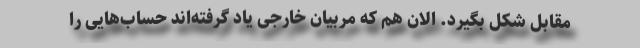
مقابل شکل بگیرد. الان هم که مربیان خارجی یاد گرفته‌اند حساب‌هایی را